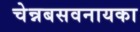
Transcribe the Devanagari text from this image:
चेन्नबसवनायका